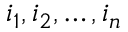
i _ { 1 } , i _ { 2 } , \dots , i _ { n }